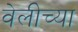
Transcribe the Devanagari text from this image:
वेलीच्या